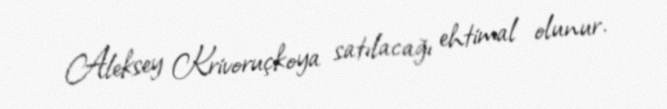
Aleksey Krivoruçkoya satılacağı ehtimal olunur.